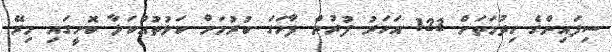
ސިފައިންގެ ހިދުމަތަށް 123 އަހަރު ފުރުން ފާހަގަ ކުރުމަށް ކަޅުތުއްކަލާ ކޮށީގައި މިރޭ